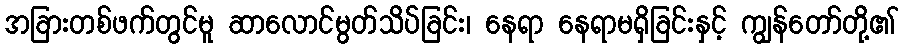
အခြားတစ်ဖက်တွင်မူ ဆာလောင်မွတ်သိပ်ခြင်း၊ နေရာ နေရာမရှိခြင်းနှင့် ကျွန်တော်တို့၏